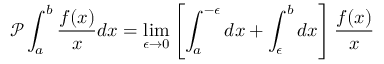
\mathcal { P } \int _ { a } ^ { b } \frac { f ( x ) } { x } d x = \operatorname* { l i m } _ { \epsilon \to 0 } \left[ \int _ { a } ^ { - \epsilon } d x + \int _ { \epsilon } ^ { b } d x \right] \frac { f ( x ) } { x }